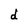
Character: d